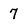
Character: 7